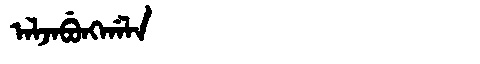
Manchu: ᠠᠯᠵᠠᠪᡠᠩᡤᠠᠯᠠ
Romanization: ALJABUNGGALA